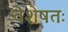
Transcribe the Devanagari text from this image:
वेशेषतः